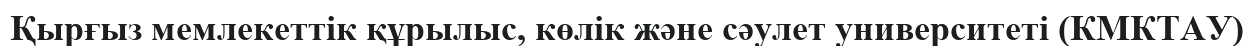
Қырғыз мемлекеттік құрылыс, көлік және сәулет университеті (КМКТАУ)